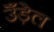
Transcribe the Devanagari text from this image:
उँड़ेल